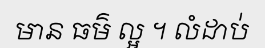
មាន ធម៌ ល្អ ។ លំដាប់